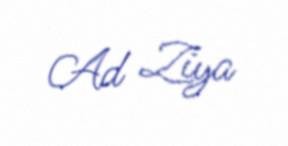
Ad Ziya